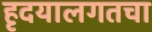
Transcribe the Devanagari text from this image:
हृदयालगतचा